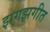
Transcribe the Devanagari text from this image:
झगझगीत